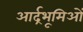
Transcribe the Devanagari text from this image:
आर्द्रभूमिओं